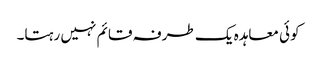
کوئی معاہدہ یک طرفہ قائم نہیں رہتا۔